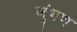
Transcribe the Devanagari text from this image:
जूंभण